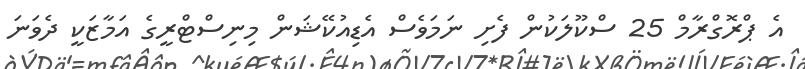
އެ ޕްރޮގްރާމް 25 ސްކޫލަކުން ފެށި ނަމަވެސް އެޑިއުކޭޝަން މިނިސްޓްރީގެ އަމާޒަކީ ދެވަނަ